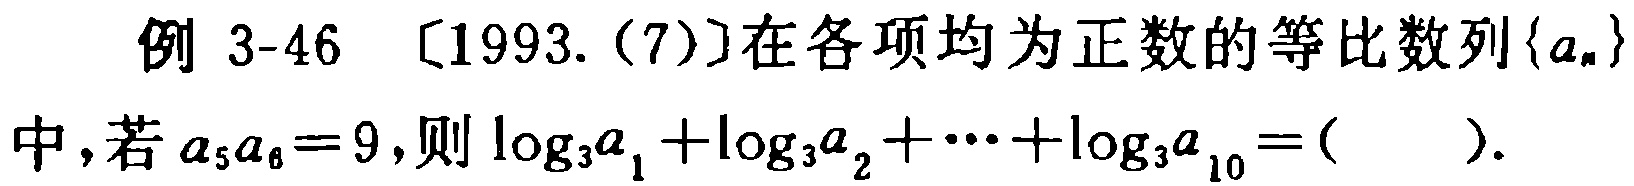
例 3-46 [1993.(7)]在各项均为正数的等比数列\(\{a_{n}\}\)中，若\(a_{5}a_{6}=9\)，则\(\log_{3}a_{1}+\log_{3}a_{2}+\cdots+\log_{3}a_{10}=(\ \ \ \ \ )\).